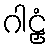
ဂါဠှံ